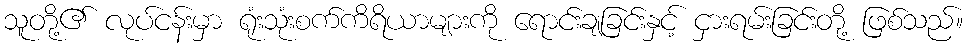
သူတို့၏ လုပ်ငန်းမှာ ရုံးသုံးစက်ကိရိယာများကို ရောင်းချခြင်းနှင့် ငှားရမ်းခြင်းတို့ ဖြစ်သည်။